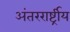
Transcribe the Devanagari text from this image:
अंतररार्ष्ट्रीय